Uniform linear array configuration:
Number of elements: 12
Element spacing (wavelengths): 1
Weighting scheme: uniform
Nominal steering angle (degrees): -15
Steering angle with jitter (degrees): -13.031
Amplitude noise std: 0.05
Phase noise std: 0.05

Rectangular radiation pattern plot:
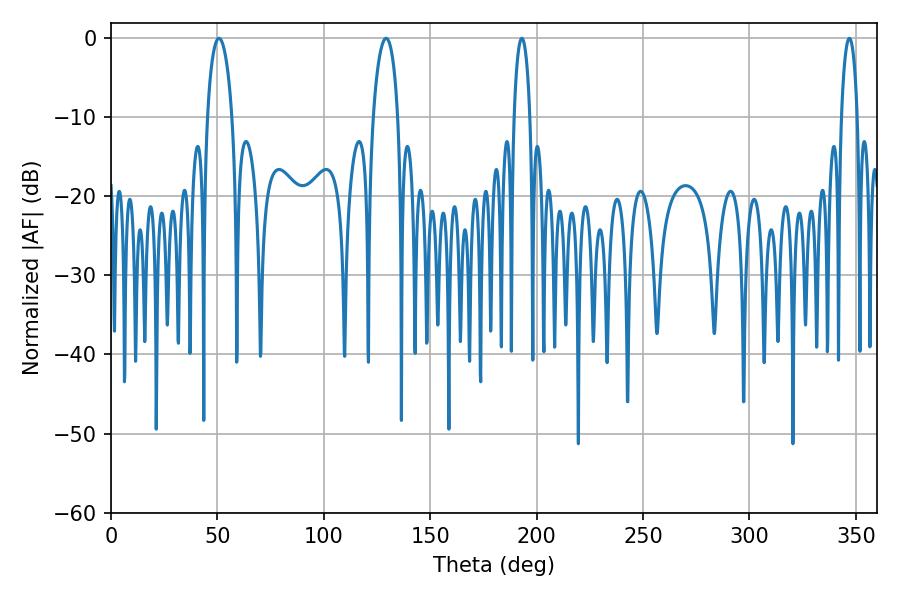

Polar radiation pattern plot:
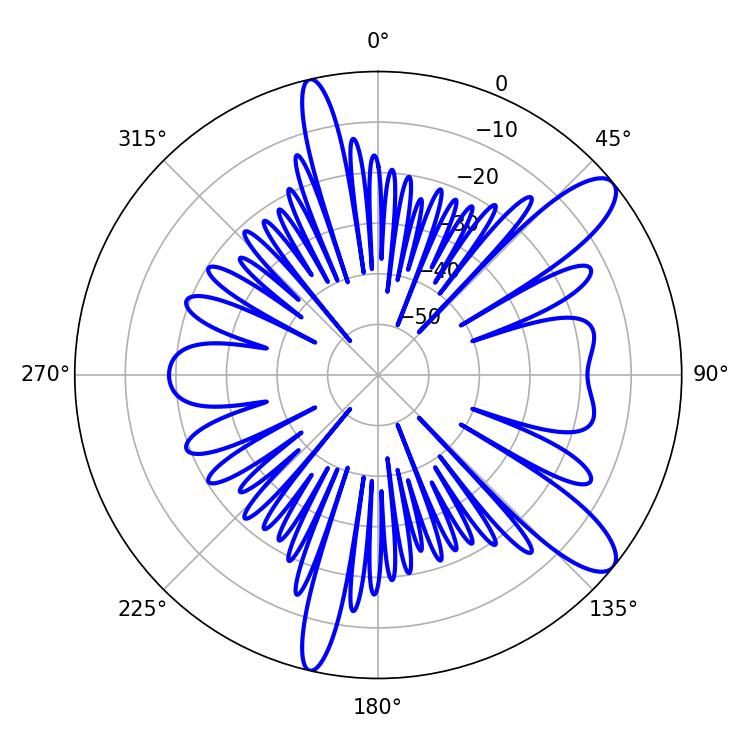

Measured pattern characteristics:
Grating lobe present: TRUE
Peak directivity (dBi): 10.838
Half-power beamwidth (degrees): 6.66
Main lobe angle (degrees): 50.76